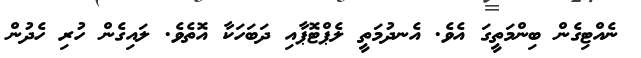
ނެއްޓިގެން ބިންމަތީގަ އެވެ. އެނދުމަތީ ލެޕްޓޮޕާއި ދަބަހަކާ އޮތެވެ. ލައިގެން ހުރި ހެދުން